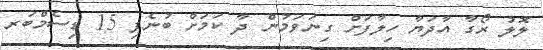
ލޮލު ރޯގާ އާދަޔާ ހިލާފަށް ގިނަވަމުން ދާ ކަމަށް ބުނެފި 15 ޑިސެމްބަރ